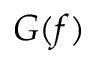
G ( f )